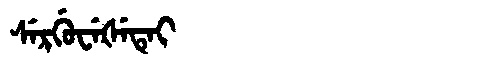
Manchu: ᠰᡝᡵᡤᡠᠸᡝᡧᡝᡨᡝᡳ
Romanization: SERGUWEŠETEI